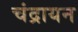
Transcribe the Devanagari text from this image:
चंद्रायन